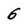
Character: 6